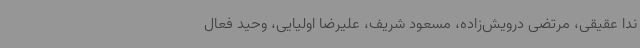
ندا عقیقی، مرتضی درویش‌زاده، مسعود شریف، علیرضا اولیایی، وحید فعال